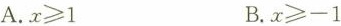
A.$$x\geqslant 1$$ B.$$x\geqslant -1$$